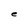
Character: e